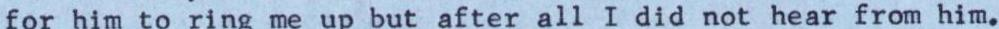
for him to ring me up but after all I did not hear from him.